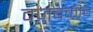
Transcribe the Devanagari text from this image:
वजबकीच